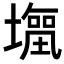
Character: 𭏹